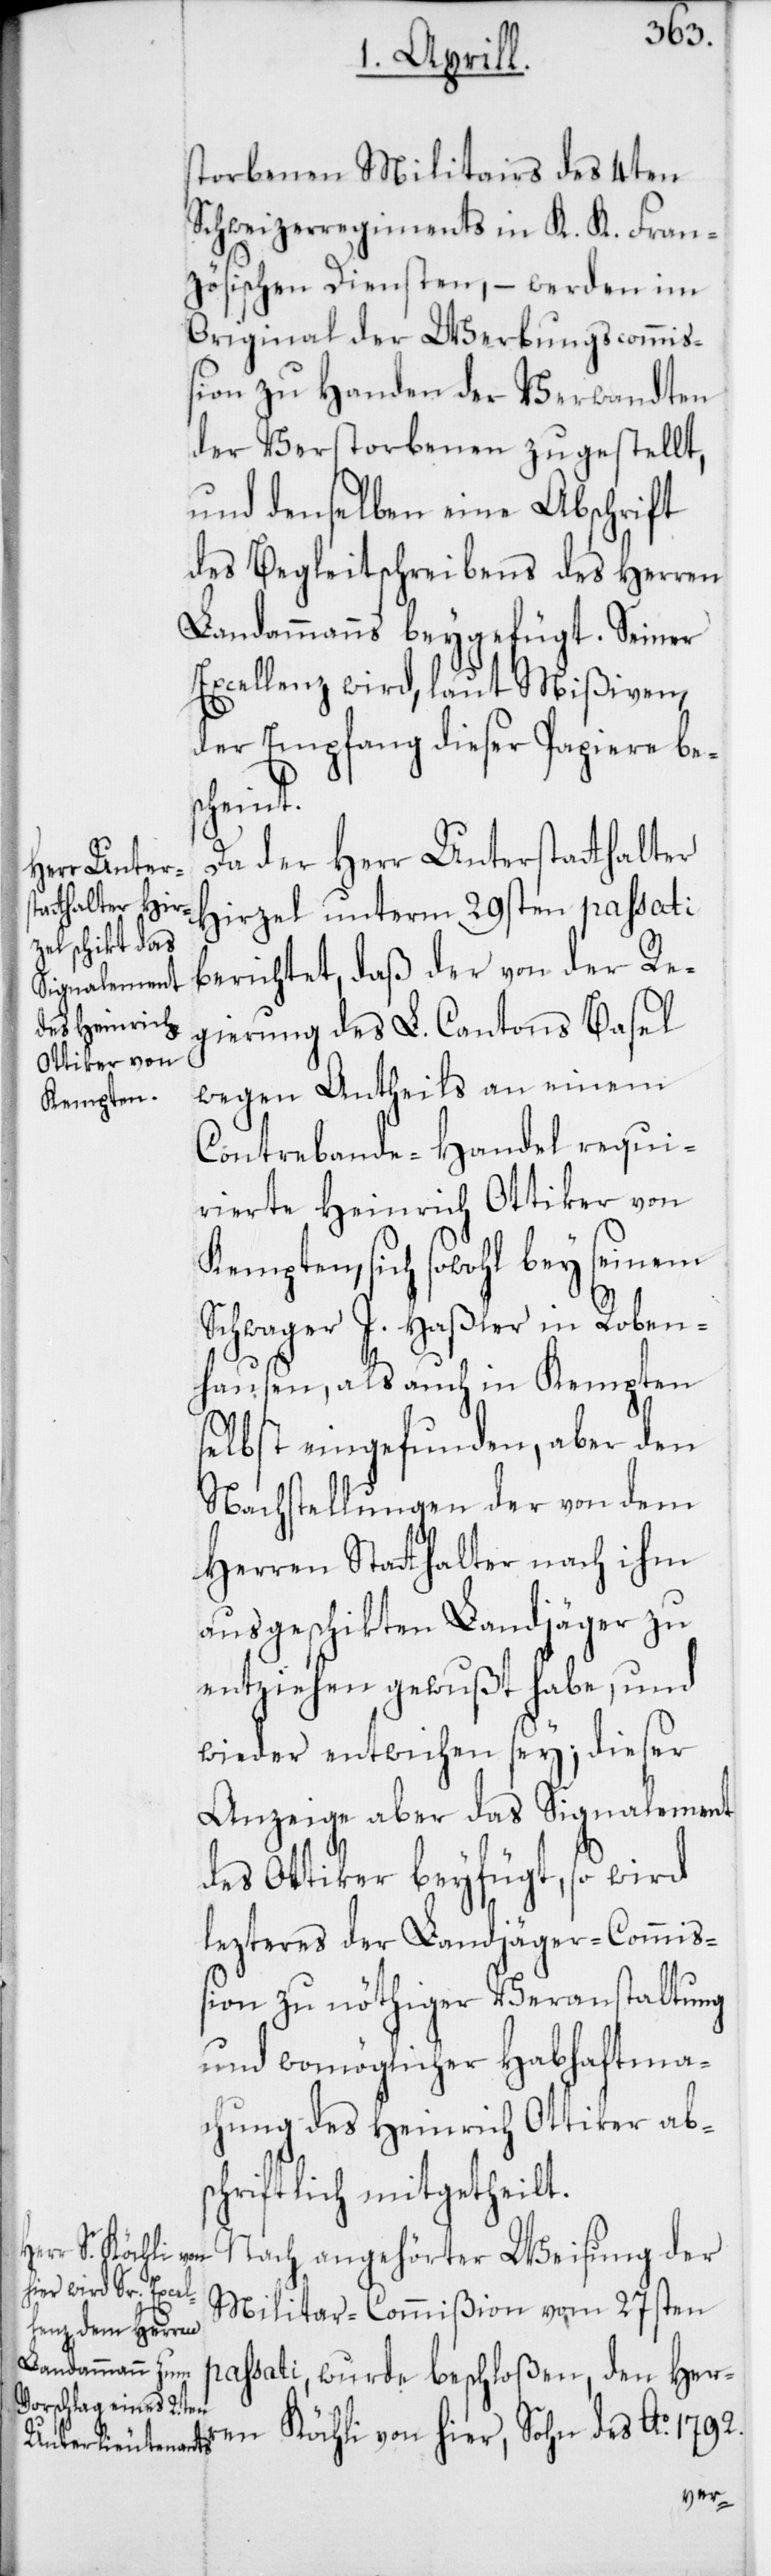
storbenen Militairs des 4ten
Schweizerregiments in K. K. Fran¬
zösischen Diensten, – werden im
Original der Werbungscommi¬
ßion zu Handen der Verwandten
der Verstorbenen zugestellt,
und denselben eine Abschrift
des Begleitschreibens des Herren
Landammanns beygefügt. Seiner
Excellenz wird, laut Mißiven,
der Empfang dieser Papiere bes¬
cheint.
Da der Herr Unterstatthalter
Hirzel unterm 29sten passati
berichtet, daß der von der Re¬
gierung des L. Cantons Basel
wegen Antheils an einem
Contrebande-Handel requi¬
rierte Heinrich Ottiker von
Kempten, sich sowohl bey seinem
Schwager J. Haßler in Roben¬
hausen, als auch in Kempten
selbst eingefunden, aber den
Nachstellungen der von dem
Herren Statthalter nach ihm
ausgeschickten Landjäger zu
entziehen gewußt habe, und
wieder entwichen sey; dieser
Anzeige aber das Signalement
des Ottiker beyfügt, so wird
lezteres der Landjäger-Commiß¬
ion zu nöthiger Veranstaltung
und womöglicher Habhaftma¬
chung des Heinrich Ottiker ab¬
schriftlich mitgetheilt.
Nach angehörter Weisung der
Militar-Commißion vom 27sten
passati, wurde beschloßen, den Her¬
ren Köchli von hier, Sohn des Ao 1792.